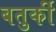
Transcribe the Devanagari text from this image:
बतुर्की